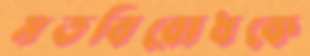
মতবিরোধকে